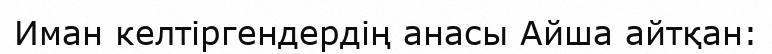
Иман келтіргендердің анасы Айша айтқан: